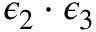
\epsilon _ { 2 } \cdot \epsilon _ { 3 }